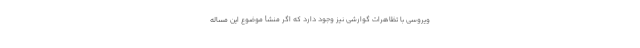
ویروسی با تظاهرات گوارشی نیز وجود دارد که اگر منشأ موضوع این مساله